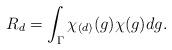
LaTeX: \begin{align*}R_d = \int_{\Gamma} \chi_{(d)}(g) \chi(g) dg.\end{align*}